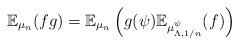
LaTeX: \begin{align*}\mathbb{E}_{\mu_n}(fg) = \mathbb{E}_{\mu_n}\left(g(\psi)\mathbb{E}_{\mu_{\Lambda, 1/n}^\psi}(f)\right)\end{align*}